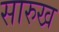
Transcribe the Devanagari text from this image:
सारुख